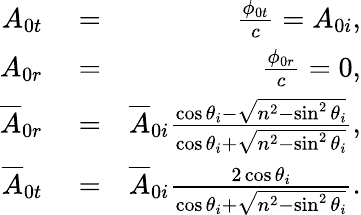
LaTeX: \begin{array}{rlr}{A_{0t}}&{{}=}&{\frac{\phi_{0t}}{c}=A_{0i},}\\ {A_{0r}}&{{}=}&{\frac{\phi_{0r}}{c}=0,}\\ {\overline{{A}}_{0r}}&{{}=}&{\overline{{A}}_{0i}\frac{\cos\theta_{i}-\sqrt{n^{2}-\sin^{2}\theta_{i}}}{\cos\theta_{i}+\sqrt{n^{2}-\sin^{2}\theta_{i}}},}\\ {\overline{{A}}_{0t}}&{{}=}&{\overline{{A}}_{0i}\frac{2\cos\theta_{i}}{\cos\theta_{i}+\sqrt{n^{2}-\sin^{2}\theta_{i}}}.}\end{array}